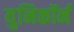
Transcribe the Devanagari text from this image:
युनिकॉर्न